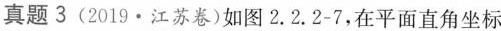
真题3 (2019·江苏卷)如图2.2.2-7，在平面直角坐标